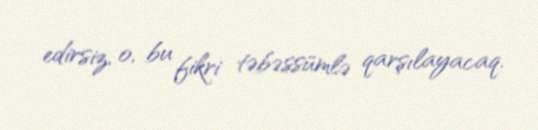
edirsiz, o, bu fikri təbəssümlə qarşılayacaq.